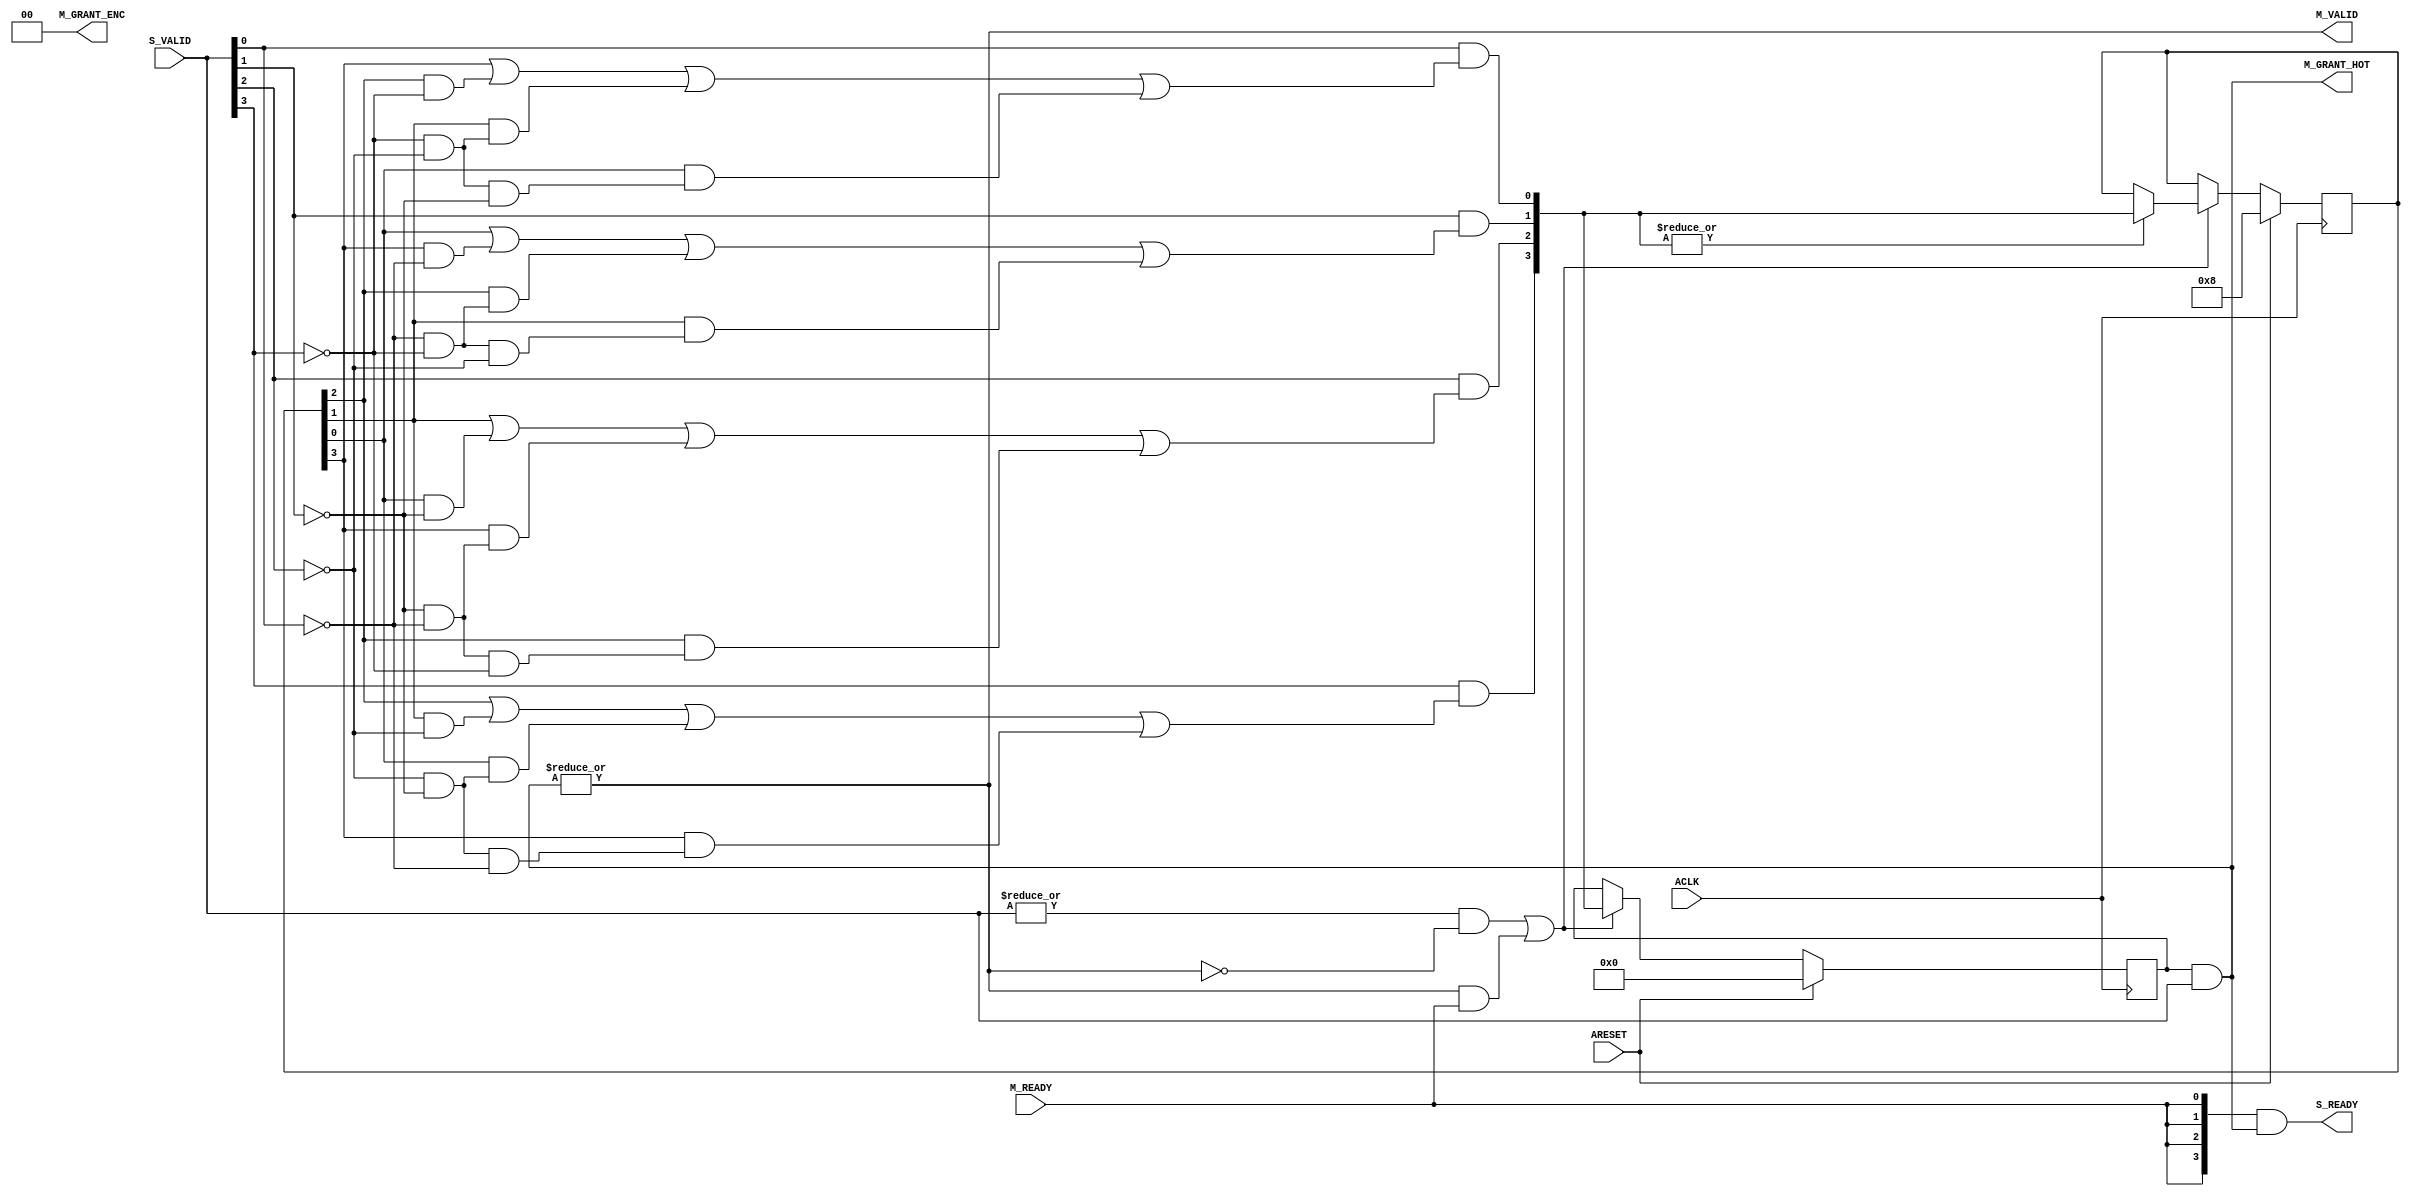
module axi_crossbar_v2_1_9_arbiter_resp #
  (
   parameter         C_FAMILY       = "none",
   parameter integer C_NUM_S        = 4,      // Number of requesting Slave ports = [2:16]
   parameter integer C_NUM_S_LOG    = 2,      // Log2(C_NUM_S)
   parameter integer C_GRANT_ENC    = 0,      // Enable encoded grant output
   parameter integer C_GRANT_HOT    = 1       // Enable 1-hot grant output
   )
  (
   // Global Inputs
   input  wire                     ACLK,
   input  wire                     ARESET,
   // Slave  Ports
   input  wire [C_NUM_S-1:0]       S_VALID,      // Request from each slave
   output wire [C_NUM_S-1:0]       S_READY,      // Grant response to each slave
   // Master Ports
   output wire [C_NUM_S_LOG-1:0]   M_GRANT_ENC,  // Granted slave index (encoded)
   output wire [C_NUM_S-1:0]       M_GRANT_HOT,  // Granted slave index (1-hot)
   output wire                     M_VALID,      // Grant event
   input  wire                     M_READY
   );

  // Generates a binary coded from onehotone encoded
  function [4:0] f_hot2enc
    (
      input [16:0]  one_hot
    );
    begin
      f_hot2enc[0] = |(one_hot & 17'b01010101010101010);
      f_hot2enc[1] = |(one_hot & 17'b01100110011001100);
      f_hot2enc[2] = |(one_hot & 17'b01111000011110000);
      f_hot2enc[3] = |(one_hot & 17'b01111111100000000);
      f_hot2enc[4] = |(one_hot & 17'b10000000000000000);
    end
  endfunction

  (* use_clock_enable = "yes" *)
  reg [C_NUM_S-1:0]      chosen;
  
  wire [C_NUM_S-1:0]     grant_hot; 
  wire                   master_selected; 
  wire                   active_master;
  wire                   need_arbitration;
  wire                   m_valid_i;
  wire [C_NUM_S-1:0]     s_ready_i;
  wire                   access_done;
  reg [C_NUM_S-1:0]      last_rr_hot;
  wire [C_NUM_S-1:0]     valid_rr;
  reg [C_NUM_S-1:0]      next_rr_hot;
  reg [C_NUM_S*C_NUM_S-1:0] carry_rr;
  reg [C_NUM_S*C_NUM_S-1:0] mask_rr;
  integer                 i;
  integer                 j;
  integer                 n;
  
  /////////////////////////////////////////////////////////////////////////////
  //   
  // Implementation of the arbiter outputs independant of arbitration
  //
  /////////////////////////////////////////////////////////////////////////////
  
  // Mask the current requests with the chosen master
  assign grant_hot        = chosen & S_VALID;

  // See if we have a selected master
  assign master_selected  = |grant_hot[0+:C_NUM_S];

  // See if we have current requests
  assign active_master    = |S_VALID;

  // Access is completed
  assign access_done = m_valid_i & M_READY;
  
  // Need to handle if we drive S_ready combinatorial and without an IDLE state

  // Drive S_READY on the master who has been chosen when we get a M_READY
  assign s_ready_i = {C_NUM_S{M_READY}} & grant_hot[0+:C_NUM_S];

  // Drive M_VALID if we have a selected master
  assign m_valid_i = master_selected;
                
  // If we have request and not a selected master, we need to arbitrate a new chosen 
  assign need_arbitration = (active_master & ~master_selected) | access_done;

  // need internal signals of the output signals
  assign M_VALID = m_valid_i;
  assign S_READY = s_ready_i;

  /////////////////////////////////////////////////////////////////////////////
  // Assign conditional onehot target output signal.
  assign M_GRANT_HOT = (C_GRANT_HOT == 1) ? grant_hot[0+:C_NUM_S] : {C_NUM_S{1'b0}};
  /////////////////////////////////////////////////////////////////////////////
  // Assign conditional encoded target output signal.
  assign M_GRANT_ENC = (C_GRANT_ENC == 1) ? f_hot2enc(grant_hot) : {C_NUM_S_LOG{1'b0}};
  
  /////////////////////////////////////////////////////////////////////////////
  // Select a new chosen when we need to arbitrate
  // If we don't have a new chosen, keep the old one since it's a good chance
  // that it will do another request
  always @(posedge ACLK)
    begin
      if (ARESET) begin
        chosen <= {C_NUM_S{1'b0}};
        last_rr_hot <= {1'b1, {C_NUM_S-1{1'b0}}};
      end else if (need_arbitration) begin
        chosen <= next_rr_hot;   
        if (|next_rr_hot) last_rr_hot <= next_rr_hot;
      end
    end

  assign valid_rr =  S_VALID;

  /////////////////////////////////////////////////////////////////////////////
  // Round-robin arbiter
  // Selects next request to grant from among inputs with PRIO = 0, if any.
  /////////////////////////////////////////////////////////////////////////////
  
  always @ * begin
    next_rr_hot = 0;
    for (i=0;i<C_NUM_S;i=i+1) begin
      n = (i>0) ? (i-1) : (C_NUM_S-1);
      carry_rr[i*C_NUM_S] = last_rr_hot[n];
      mask_rr[i*C_NUM_S] = ~valid_rr[n];
      for (j=1;j<C_NUM_S;j=j+1) begin
        n = (i-j > 0) ? (i-j-1) : (C_NUM_S+i-j-1);
        carry_rr[i*C_NUM_S+j] = carry_rr[i*C_NUM_S+j-1] | (last_rr_hot[n] & mask_rr[i*C_NUM_S+j-1]);
        if (j < C_NUM_S-1) begin
          mask_rr[i*C_NUM_S+j] = mask_rr[i*C_NUM_S+j-1] & ~valid_rr[n];
        end
      end   
      next_rr_hot[i] = valid_rr[i] & carry_rr[(i+1)*C_NUM_S-1];
    end
  end
  
endmodule